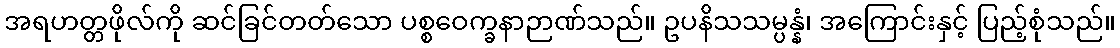
အရဟတ္တဖိုလ်ကို ဆင်ခြင်တတ်သော ပစ္စဝေက္ခနာဉာဏ်သည်။ ဥပနိသသမ္ပန္နံ၊ အကြောင်းနှင့် ပြည့်စုံသည်။